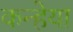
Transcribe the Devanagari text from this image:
कन्हेया